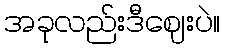
အခုလည်းဒီဈေးပဲ။